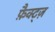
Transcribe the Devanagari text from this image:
फ़ैक्ट्ज़